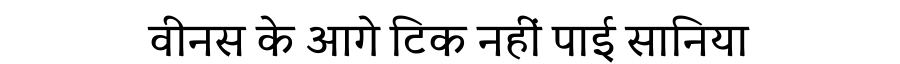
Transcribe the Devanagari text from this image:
वीनस के आगे टिक नहीं पाई सानिया